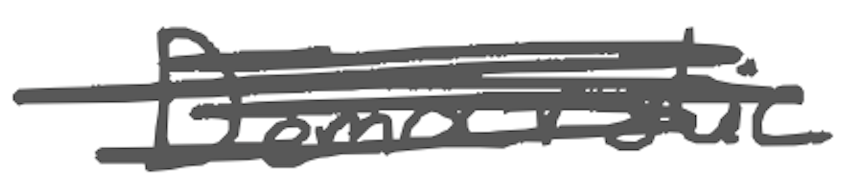
Text: Democratic
Cross-out: mix
Writing tool: digital_gray